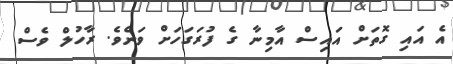
އެ އައި ގޮތަށް އައިސް އާމިނާ ގެ ފުރަގަހަށް ވަނެވެ. ރާހުލް ވެސް